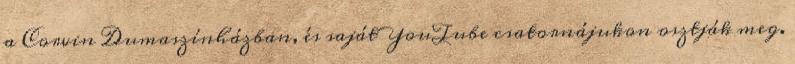
a Corvin Dumaszínházban, és saját YouTube csatornájukon osztják meg.